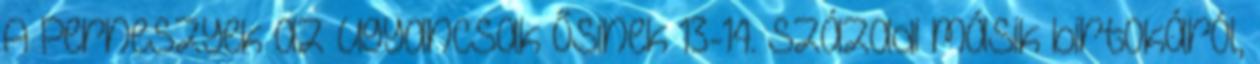
A Perneszyek az ugyancsak ősinek 13-14. századi másik birtokáról,